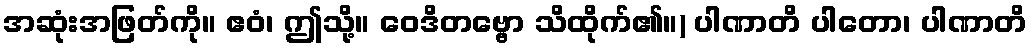
အဆုံးအဖြတ်ကို။ ဧဝံ၊ ဤသို့။ ဝေဒိတဗ္ဗော သိထိုက်၏။) ပါဏာတိ ပါတော၊ ပါဏာတိ